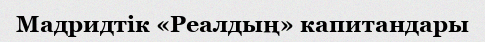
Мадридтік «Реалдың» капитандары